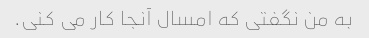
به من نگفتی که امسال آنجا کار می کنی.